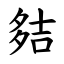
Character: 夡